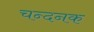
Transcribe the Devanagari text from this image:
चन्दनक